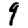
Digit: 9